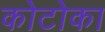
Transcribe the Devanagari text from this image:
कोटोका